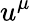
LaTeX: u^{\mu}